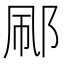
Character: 𬩼